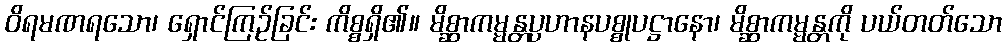
ဝိရမဏရသော၊ ရှောင်ကြဉ်ခြင်း ကိစ္စရှိ၏။ မိစ္ဆာကမ္မန္တပ္ပဟာနပစ္စုပဋ္ဌာနော၊ မိစ္ဆာကမ္မန္တကို ပယ်တတ်သော